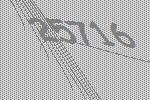
25716